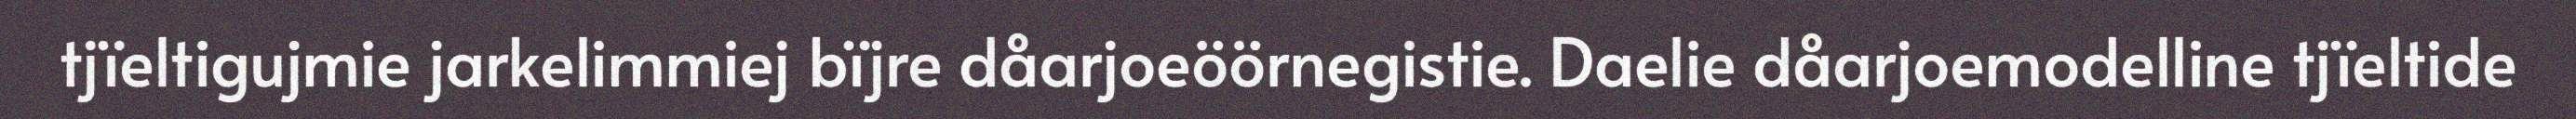
tjïeltigujmie jarkelimmiej bïjre dåarjoeöörnegistie. Daelie dåarjoemodelline tjïeltide